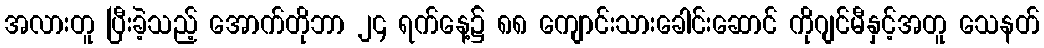
အလားတူ ပြီးခဲ့သည့် အောက်တိုဘာ ၂၄ ရက်နေ့၌ ၈၈ ကျောင်းသားခေါင်းဆောင် ကိုဂျင်မီနှင့်အတူ သေနတ်